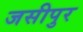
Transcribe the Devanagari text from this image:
जसीपुर